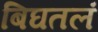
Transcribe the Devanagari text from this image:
बिघतलं